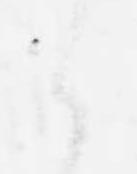
候